Malaria in India - Number 2
Disease focus: Malaria
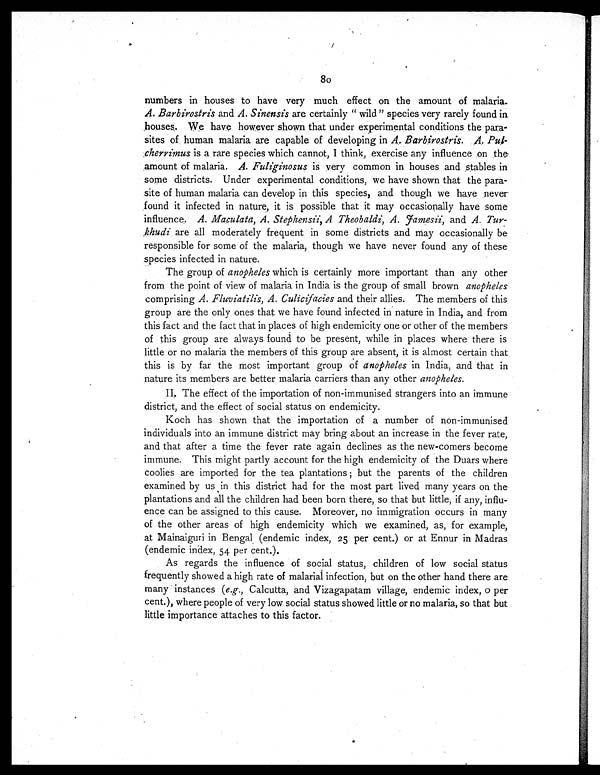
8o
numbers in houses to have very much effect on the amount of malaria..
A. Barbirostris and A. Sinensis are certainly " wild " species very rarely found in.
houses. We have however shown that under experimental conditions the para-
sites of human malaria are capable of developing in A. Barbirostris. A. Pul-
cherrimus is a rare species which cannot, I think, exercise any influence .on the.
amount of malaria. A. Fuliginosus is very common in houses and stables in
some districts. Under experimental conditions, we have shown that the para-
site of human malaria can develop in this species, and though we have never
found it infected in nature, it is possible that it may occasionally have some
influence. A. Maculata, A. Stephensii, A Theobaldi, A. jamesii, and A. Tur-
.khudi are all moderately frequent in some districts and may occasionally be
responsible for some of the malaria, though we have never found any of these
species infected in nature.
The group of anopheles which is certainly more important than any other
from the point of view of malaria in India is the group of small brown anopheles
comprising A. Fluviatilis, A. Culicifaciesa n d t h e i r a l l i e s . T h e m e m b e r s o f t h i s
group are the only ones that we have found infected in nature in India, and from
this fact and the fact that in places of high endemicity one or other of the members
of this group are always found to be present, while in places where there is
little or no malaria the members of this group are absent, it is almost certain that
this is by far the most important group of anopheles in India, and that in
nature its members are better malaria carriers than any other anopheles.
II. The effect of the importation of non-immunised strangers into an immune
district, and the effect of social status on endemicity.
Koch has shown that the importation of a number of non-immunised
individuals into an immune district may bring about an increase in the fever rate,
and that after a time the fever rate again declines as the new-corners become
immune. This might partly account for the high endemicity of the Duars where
coolies are imported for the tea plantations ; but the parents of the children
examined by us in this district had for the most part lived many years on the
plantations and all the children had been born there, so that but little, if any, influ-
ence can be assigned to this cause. Moreover, no immigration occurs in many
of the other areas of high endemicity which we examined, as, for example,
at Mainaiguri in Bengal (endemic index, 25 per cent.) or at Ennur in Madras
(endemic index, 54 per cent.).
As regards the influence of social status, children of low social status
frequently showed a high rate of malarial infection, but on the other hand there are
many instances (e.g., Calcutta, and Vizagapatam village, endemic index, o per
cent.), where people of very low social status showed little or no malaria, so that but
little importance attaches to this factor.
•